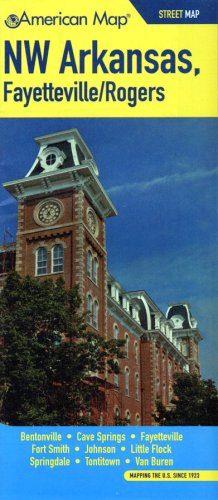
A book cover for NW Arkansas/Fayettevill/Rogers AR Pocket Map; American Map; Travel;